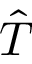
\hat { T }